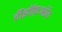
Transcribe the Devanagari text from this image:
टीइऍफ़ऑय